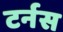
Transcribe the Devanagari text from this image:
टर्नस